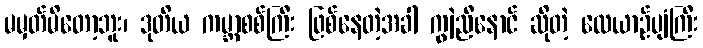
မမှတ်မိတော့ဘူး၊ ဒုတိယ ကမ္ဘာစစ်ကြီး ဖြစ်နေတဲ့အခါ ကျွဲညီနောင် ဆိုတဲ့ လေယာဉ်ပျံကြီး